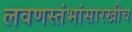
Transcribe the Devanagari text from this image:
लवणस्तंभांसारखीच